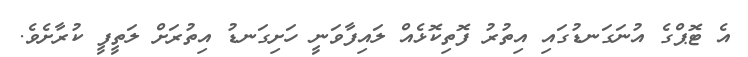
އެ ޓޮޕްގެ އުނަގަނޑުގައި އިތުރު ފޮތިކޮޅެއް ލައިފާވަނީ ހަށިގަނޑު އިތުރަށް ލަތީފީ ކުރާށެވެ.